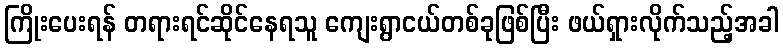
ကြိုးပေးရန် တရားရင်ဆိုင်နေရသူ ကျေးရွာငယ်တစ်ခုဖြစ်ပြီး ဖယ်ရှားလိုက်သည့်အခါ